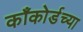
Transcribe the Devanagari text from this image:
काँकोर्डच्या